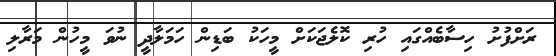
ރަށްފުށު ހިސާބެއްގައި ހުރި ކޮލެޖަކަށް މީހަކު ބަޑިން ހަމަލާދީ ނުވަ މީހުން މަރާލި